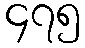
၄၇၅